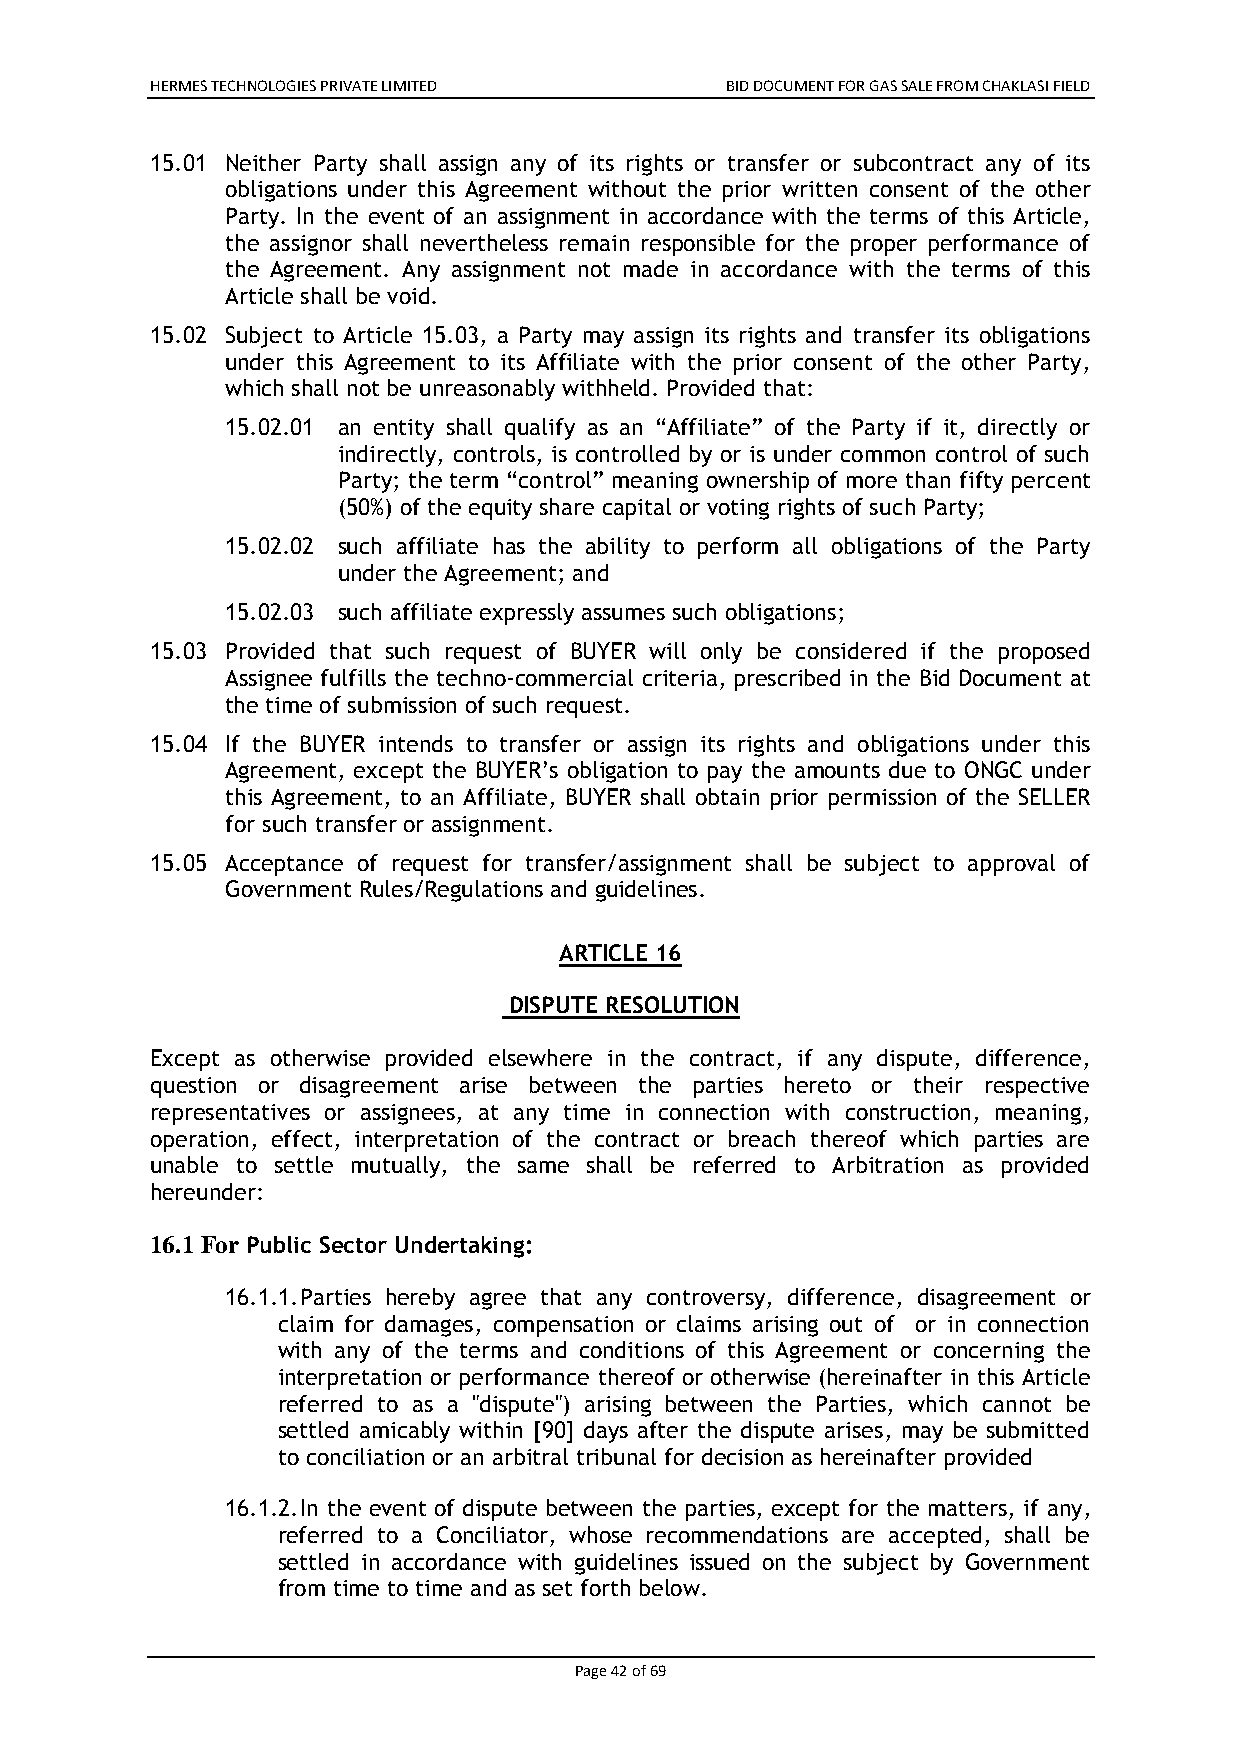
HERMES TECHNOLOGIES PRIVATE LIMITED   BID DOCUMENT FOR GAS SALE FROM CHAKLASI FIELD
 15.01 Neither Party shall assign any of its rights or transfer or subcontract any of its
 obligations under this Agreement without the prior written consent of the other
 Party. In the event of an assignment in accordance with the terms of this Article,
 the assignor shall nevertheless remain responsible for the proper performance of
 the Agreement. Any assignment not made in accordance with the terms of this
 Article shall be void.
 15.02 Subject to Article 15.03, a Party may assign its rights and transfer its obligations
 under this Agreement to its Affiliate with the prior consent of the other Party,
 which shall not be unreasonably withheld. Provided that:
 15.02.01 an entity shall qualify as an “Affiliate” of the Party if it, directly or
 indirectly, controls, is controlled by or is under common control of such
 Party; the term “control” meaning ownership of more than fifty percent
 (50%) of the equity share capital or voting rights of such Party;
 15.02.02 such affiliate has the ability to perform all obligations of the Party
 under the Agreement; and
 15.02.03 such affiliate expressly assumes such obligations;
 15.03 Provided that such request of BUYER will only be considered if the proposed
 Assignee fulfills the techno-commercial criteria, prescribed in the Bid Document at
 the time of submission of such request.
 15.04 If the BUYER intends to transfer or assign its rights and obligations under this
 Agreement, except the BUYER’s obligation to pay the amounts due to ONGC under
 this Agreement, to an Affiliate, BUYER shall obtain prior permission of the SELLER
 for such transfer or assignment.
 15.05 Acceptance of request for transfer/assignment shall be subject to approval of
 Government Rules/Regulations and guidelines.
 ARTICLE 16
 DISPUTE RESOLUTION
 Except as otherwise provided elsewhere in the contract, if any dispute, difference,
 question or disagreement arise between the parties hereto or their respective
 representatives or assignees, at any time in connection with construction, meaning,
 operation, effect, interpretation of the contract or breach thereof which parties are
 unable to settle mutually, the same shall be referred to Arbitration as provided
 hereunder:
 16.1 For Public Sector Undertaking:
 16.1.1. Parties hereby agree that any controversy, difference, disagreement or
 claim for damages, compensation or claims arising out of or in connection
 with any of the terms and conditions of this Agreement or concerning the
 interpretation or performance thereof or otherwise (hereinafter in this Article
 referred to as a "dispute") arising between the Parties, which cannot be
 settled amicably within [90] days after the dispute arises, may be submitted
 to conciliation or an arbitral tribunal for decision as hereinafter provided
 16.1.2. In the event of dispute between the parties, except for the matters, if any,
 referred to a Conciliator, whose recommendations are accepted, shall be
 settled in accordance with guidelines issued on the subject by Government
 from time to time and as set forth below.
 Page 42 of 69